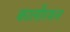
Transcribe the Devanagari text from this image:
कालीरमन